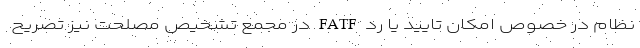
نظام در خصوص امکان تایید یا رد FATF در مجمع تشخیص مصلحت نیز تصریح